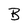
Character: B